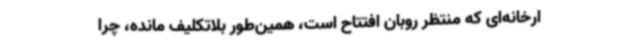
ارخانه‌ای که منتظر روبان افتتاح است، همین‌طور بلاتکلیف مانده، چرا